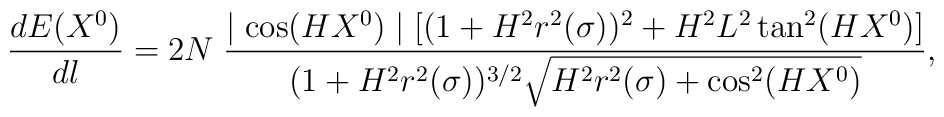
\frac{dE(X^0)}{dl}=2N\;\frac{\mid\cos(HX^0)\mid[(1+H^2r^2(\sigma))^2+H^2L^2\tan^2(HX^0)]}{(1+H^2r^2(\sigma))^{3/2}\sqrt{H^2r^2(\sigma)+\cos^2(HX^0)}},